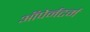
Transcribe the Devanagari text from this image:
ऑपेर्नटर्म